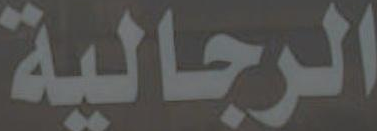
الرجالية